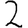
Digit: 2